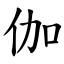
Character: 伽